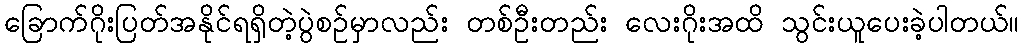
ခြောက်ဂိုးပြတ်အနိုင်ရရှိတဲ့ပွဲစဉ်မှာလည်း တစ်ဦးတည်း လေးဂိုးအထိ သွင်းယူပေးခဲ့ပါတယ်။